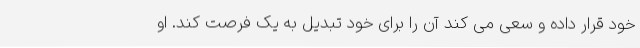
خود قرار داده و سعی می کند آن را برای خود تبدیل به یک فرصت کند. او